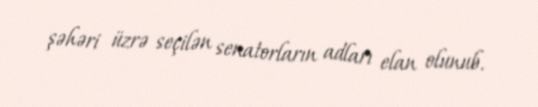
şəhəri üzrə seçilən senatorların adları elan olunub.